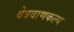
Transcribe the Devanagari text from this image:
वेत्रवाणकल्प